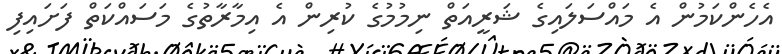
އެހެންކަމުން އެ މައްސަލައިގެ ޝަރީއަތް ނިމުމުގެ ކުރިން އެ އިމާރާތުގެ މަސައްކަތް ފަށައިފި